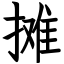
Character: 摊